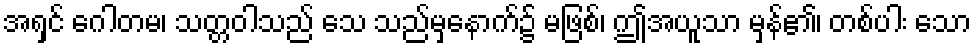
အရှင် ဂေါတမ၊ သတ္တဝါသည် သေ သည်မှနောက်၌ မဖြစ်၊ ဤအယူသာ မှန်၏၊ တစ်ပါး သော